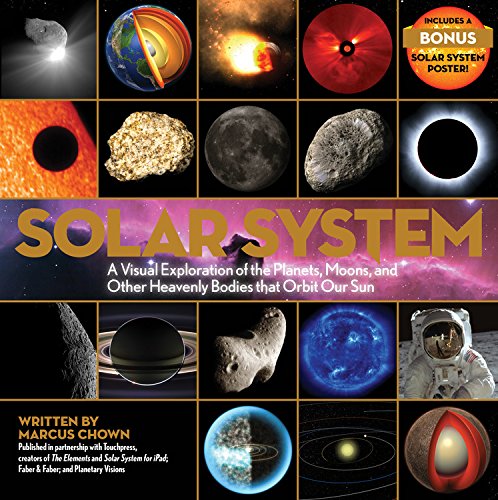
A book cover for Solar System: A Visual Exploration of the Planets, Moons, and Other Heavenly Bodies that Orbit Our Sun; Marcus Chown; Science & Math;